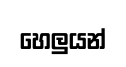
හෙලුයන්